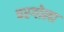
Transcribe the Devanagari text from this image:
परगोला